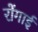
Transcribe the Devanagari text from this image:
रोंगाई